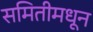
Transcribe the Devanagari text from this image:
समितीमधून